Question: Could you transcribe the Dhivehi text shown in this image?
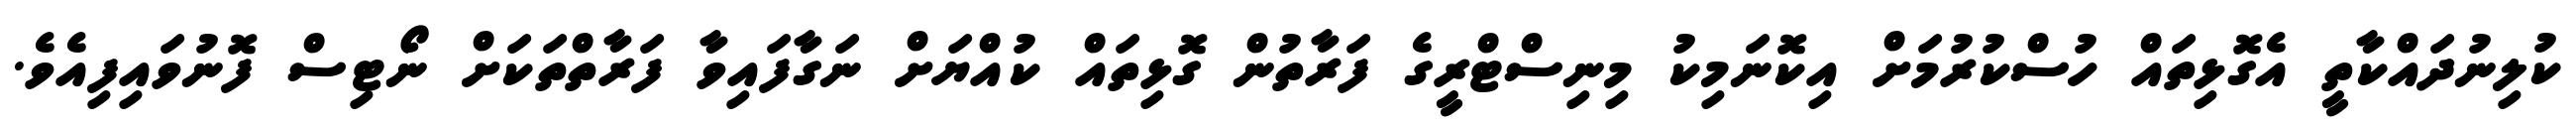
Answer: ކުލިނުދައްކާތީ އެގޮޅިތައް ހުސްކުރުމަށް އިކޮނަމިކު މިނިސްޓްރީގެ ފަރާތުން ގޮޅިތައް ކުއްޔަށް ނަގާފައިވާ ފަރާތްތަކަށް ނޯޓިސް ފޮނުވައިފިއެވެ.